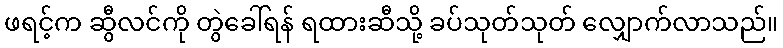
ဖရင့်က ဆွီလင်ကို တွဲခေါ်ရန် ရထားဆီသို့ ခပ်သုတ်သုတ် လျှောက်လာသည်။